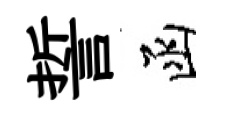
誓函